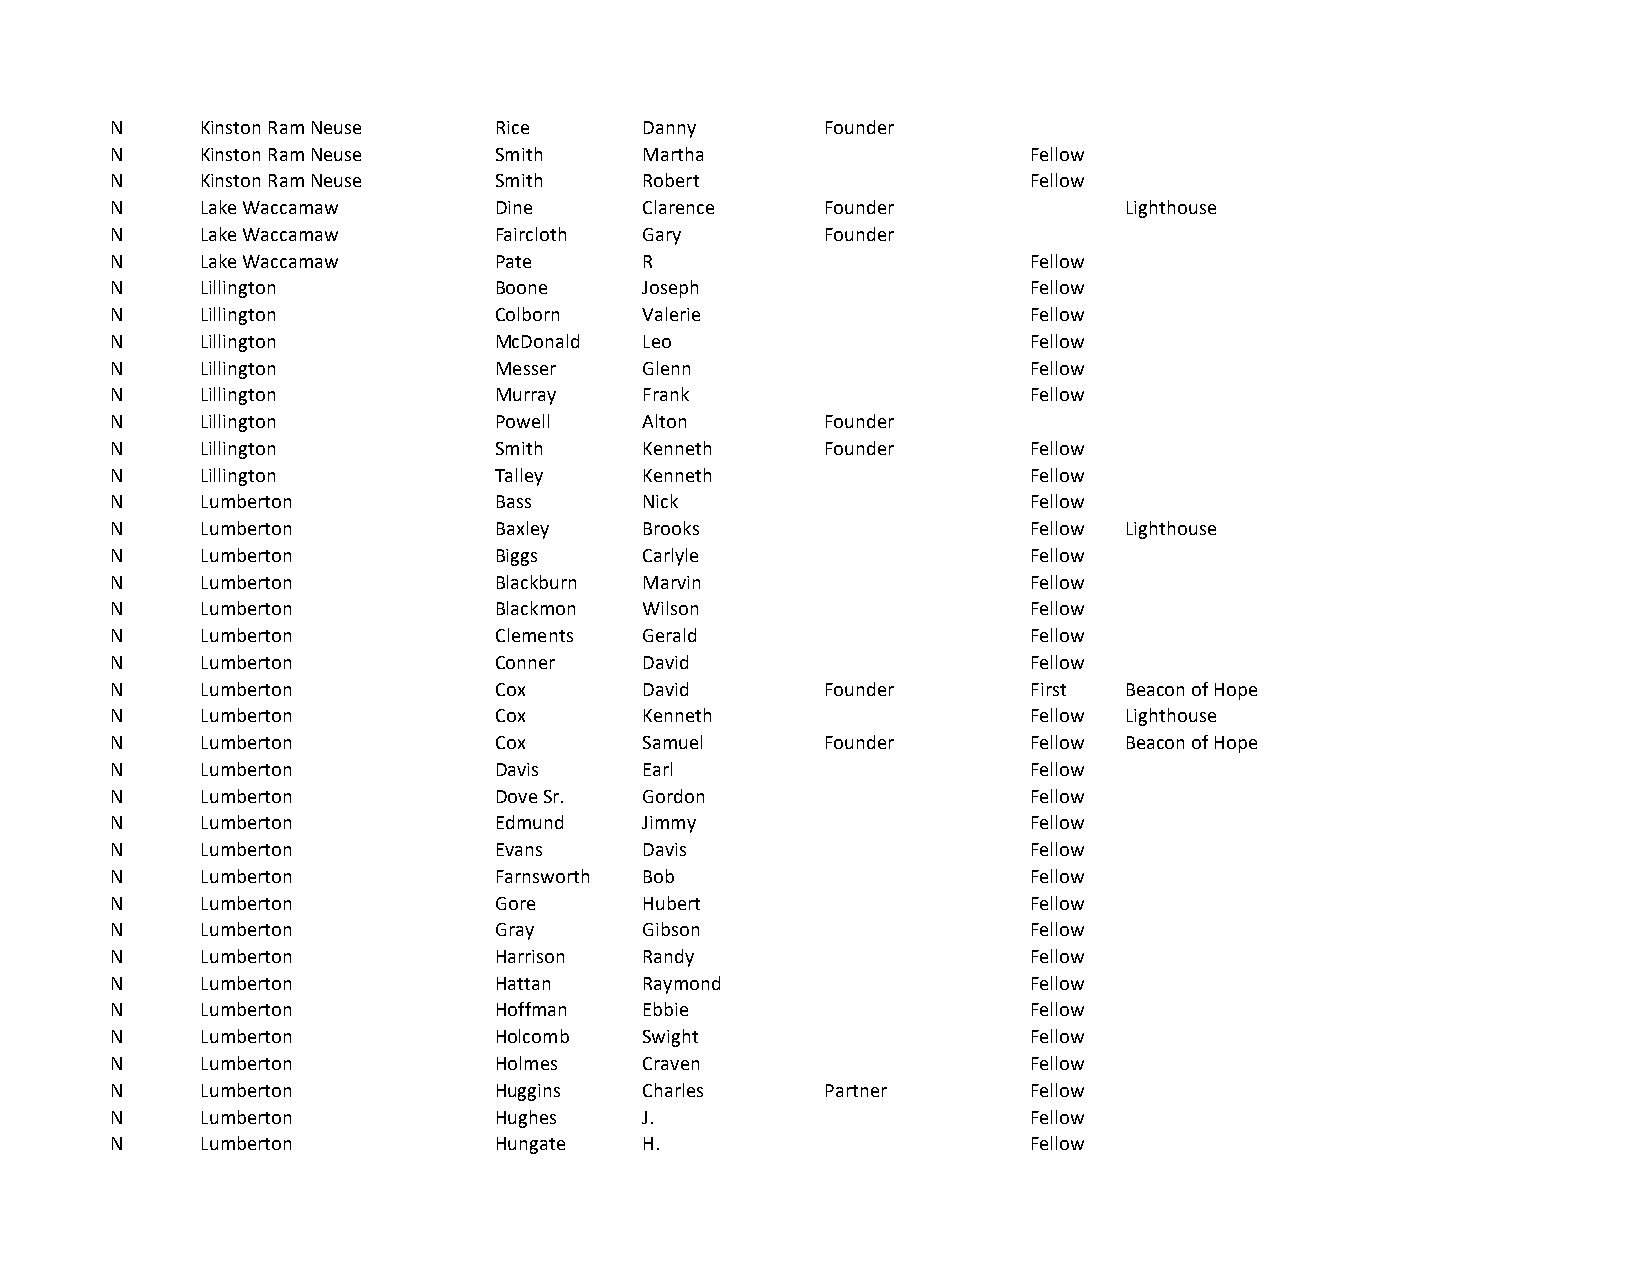
N     Kinston Ram Neuse   Rice      Danny       Founder
 N     Kinston Ram Neuse   Smith     Martha                   Fellow
 N     Kinston Ram Neuse   Smith     Robert                   Fellow
 N     Lake Waccamaw       Dine      Clarence    Founder            Lighthouse
 N     Lake Waccamaw       Faircloth Gary        Founder
 N     Lake Waccamaw       Pate      R                        Fellow
 N     Lillington          Boone     Joseph                   Fellow
 N     Lillington          Colborn   Valerie                  Fellow
 N     Lillington          McDonald  Leo                      Fellow
 N     Lillington          Messer    Glenn                    Fellow
 N     Lillington          Murray    Frank                    Fellow
 N     Lillington          Powell    Alton       Founder
 N     Lillington          Smith     Kenneth     Founder      Fellow
 N     Lillington          Talley    Kenneth                  Fellow
 N     Lumberton           Bass      Nick                     Fellow
 N     Lumberton           Baxley    Brooks                   Fellow Lighthouse
 N     Lumberton           Biggs     Carlyle                  Fellow
 N     Lumberton           Blackburn Marvin                   Fellow
 N     Lumberton           Blackmon  Wilson                   Fellow
 N     Lumberton           Clements  Gerald                   Fellow
 N     Lumberton           Conner    David                    Fellow
 N     Lumberton           Cox       David       Founder      First Beacon of Hope
 N     Lumberton           Cox       Kenneth                  Fellow Lighthouse
 N     Lumberton           Cox       Samuel      Founder      Fellow Beacon of Hope
 N     Lumberton           Davis     Earl                     Fellow
 N     Lumberton           Dove Sr.  Gordon                   Fellow
 N     Lumberton           Edmund    Jimmy                    Fellow
 N     Lumberton           Evans     Davis                    Fellow
 N     Lumberton           Farnsworth Bob                     Fellow
 N     Lumberton           Gore      Hubert                   Fellow
 N     Lumberton           Gray      Gibson                   Fellow
 N     Lumberton           Harrison  Randy                    Fellow
 N     Lumberton           Hattan    Raymond                  Fellow
 N     Lumberton           Hoffman   Ebbie                    Fellow
 N     Lumberton           Holcomb   Swight                   Fellow
 N     Lumberton           Holmes    Craven                   Fellow
 N     Lumberton           Huggins   Charles     Partner      Fellow
 N     Lumberton           Hughes    J.                       Fellow
 N     Lumberton           Hungate   H.                       Fellow